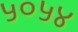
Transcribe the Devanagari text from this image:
५०५४